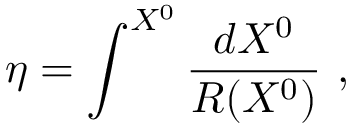
\eta = \int ^ { X ^ { 0 } } \frac { d X ^ { 0 } } { R ( X ^ { 0 } ) } ~ ,